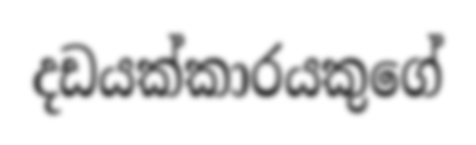
දඩයක්කාරයකුගේ